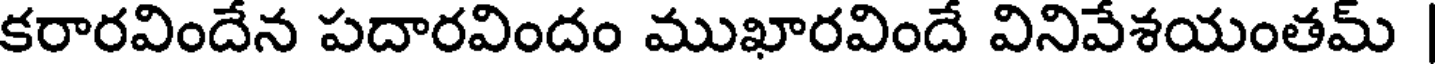
కరారవిందేన పదారవిందం ముఖారవిందే వినివేశయంతమ్